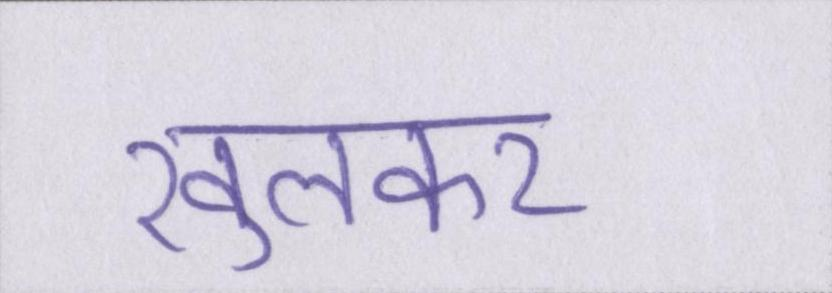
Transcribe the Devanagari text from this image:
खुलकर